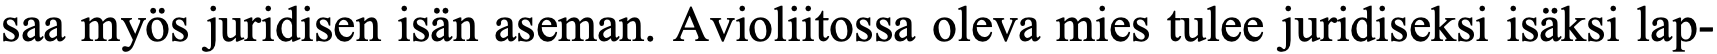
saa myös juridisen isän aseman. Avioliitossa oleva mies tulee juridiseksi isäksi lap-